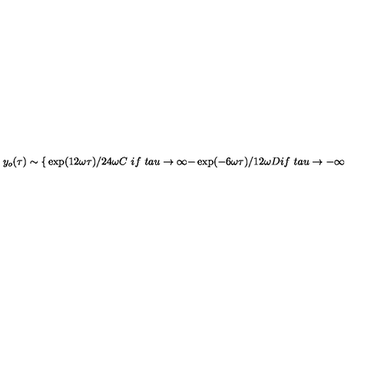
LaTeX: y _ { o } ( \tau ) \sim \left\{ \begin{matrix} { \exp ( 1 2 \omega \tau ) / 2 4 \omega C \ i f \ } \\ { t a u \rightarrow \infty } \\ { - \exp ( - 6 \omega \tau ) / 1 2 \omega D i f \ } \\ { t a u \rightarrow - \infty } \\ \end{matrix} \right.